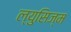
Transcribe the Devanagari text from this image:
ल्युसिज्म